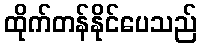
ထိုက်တန်နိုင်ပေသည်